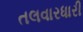
તલવારધારી